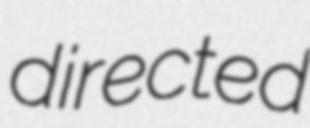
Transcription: directed